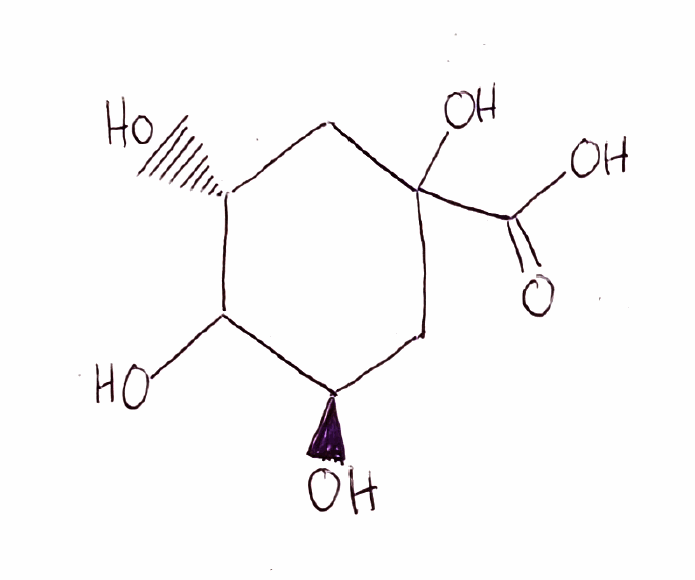
Simplified molecular-input line-entry system (SMILES) notation of the given molecule:
C1[C@H](C([C@@H](CC1(C(=O)O)O)O)O)O